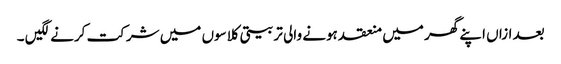
بعد ازاں اپنے گھر میں منعقد ہونے والی تربیتی کلاسوں میں شرکت کرنے لگیں ۔